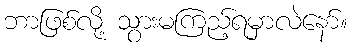
ဘာဖြစ်လို့ သွားမကြည့်ရမှာလဲနော်။